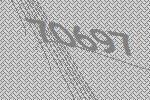
70697